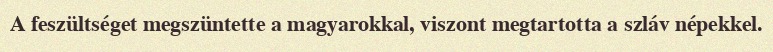
A feszültséget megszüntette a magyarokkal, viszont megtartotta a szláv népekkel.